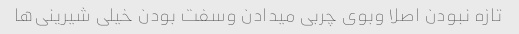
تازه نبودن اصلا وبوی چربی میدادن وسفت بودن خیلی شیرینی‌ها